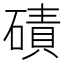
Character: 磧